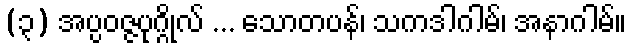
(၃) အပ္ပဝဇ္ဇပုဂ္ဂိုလ် ... သောတပန်၊ သကဒါဂါမ်၊ အနာဂါမ်။